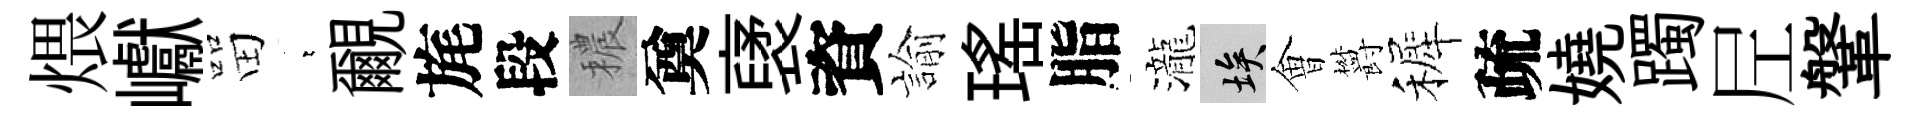
煨巘㽞萋覼旄段穠奠裦資諭瑤脂瀧埃㑹欝裤疏嬈躅𡰱鞶